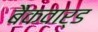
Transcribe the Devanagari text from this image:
बैकवार्ड